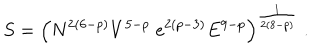
LaTeX: S = \left( N ^ { 2 ( 6 - p ) } V ^ { 5 - p } \; e ^ { 2 ( p - 3 ) } E ^ { 9 - p } \right) ^ { \frac { 1 } { 2 ( 8 - p ) } } \; .